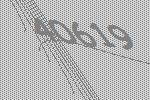
40619